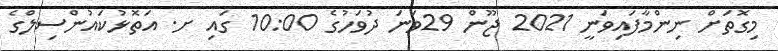
މިގޮތަށް ނިންމާފައިވަނީ 2021 ޖޫން 29ވަނަ ދުވަހުގެ 10:00 ގައި ށ. އަތޮޅުކައުންސިލްގެ